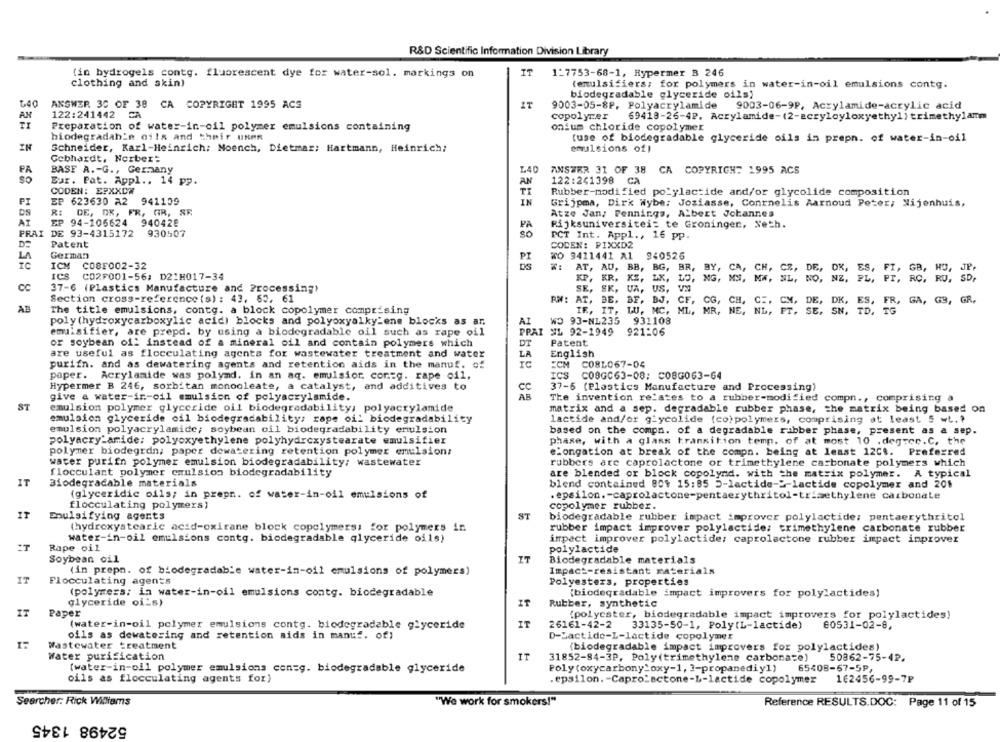
R&D Scientific Information Division Library
(in bydrogels contg. fluorescent dye for water-sol. markings on
IT
1-7753-68-1, Hypermer B 246
clothing and skin)
(emulsifiers; for polymers in water-in-oil emulsions contg.
biodegradable glyceride oils;
1.40
ANSWER 30 OF 38 CA COPYRIGHT 1995 ACS
IT
9003-05-8P, Polyacrylamide
9003-06-9P, Acrylamide-acrylic acid
AN
122:241442 CA
copolymer
69418-26-4P. Acrylamide-(2-acryloyloxyethyl) trimethylamm
Preparation of water-in-oil polymer emulsions containing
onium chloride copolymer
biodegradah'e oils and their Unen
(use of biodegradable glyceride oils in prepn. of water-in-oil
IN
Schneider, Karl-Heinrich; Moench, Dietmar; Hartmann, Heinrich;
emulsions of)
Gebhardt, Norbert
PA
BASF A .- G ., Germany
L40
ANSWER 31 OF 38 CA COPYRIGHT 1995 ACS
so
Eur. Pat. Appl .. 14 pp.
AN
122:241398 CA
CODEN: EPXXCW
TI
Rubber-modified po_ylactide and/or glycolide composition
PI
EP 623630 A2
941109
IN
Grijpma, Dirk Wybe: Joziasse, Conrnelis Aarnoud Peter; Nijenhuis,
DS
R:
DE, DK, FR, GR, SE
Atze Jan, Pennings, Albert Johannes
AT
EP 94-105624
940428
PA
Rijksuniversiteit te Groninger, Neth.
PRAI DE 93-4315172 930507
So
PCT Int. Appl ., 16 pp.
Patent
COCEN: PIXXD2
LA
German
TO 9411441 A1
940526
IC
ICM C08F002-32
AT, AU, BB,
ICS
BG, BR, BY, CA, CH, CZ, DE, DK, ES, FI, GB, HO, JP.
CA, CH,
GB, HO, JP.
C02F001-56; D21H017-34
KP, KR. KS,
DJ, NG, MS, MA, NL, NO, NZ. PL, PT, RC, RU, SD,
CC
37-6 (Plastics Manufacture and Processing)
SE, SK, UA,
US.
Section cross-reference (s) : 43, 63. 61
RM: AT, BE.
BF, BJ.
CF.
ES. ER, GA, GB, GR,
AB
The title emulsions, contg. a block copolymer comprising
IF, IT.
LU, MC.
MR. NE, NL, FT. SE, SN. TD,
AI
WO 93-NL235
931108
poly (hydroxycarboxylic acid) blocks and polyoxyalky_ene blocks as ar,
emulsifier, are prepd. by using a biodegradable oil such as rape oil
PRAI
SL 92-1949
921:06
DT
Patent
or soybean of: instead of a mineral oil and contain polymers which
are useful as flocculating agents for wastewater treatment and water
LA
English
purifn. and as dewatering agents and retention aids in the manuf. of
ECM C081067-04
paper. Acrylamide was polymd. in an aq. emulsior. con=g. rape oil,
ICS C08GC63-08: C08G063-64
Hypermer B 246, sorbitan monocleate, a catalyst, and additives to
37-6 (Plastics Manufacture and Processing)
give a water-in-oil emulsion of polyacrylamide.
The invention relates to a rubber-modified compn ., comprising a
ST
emulsion polymer glyceride oil biodegradability; polyacrylamide
matrix and a sep. degradable rubber phase, the matrix being based on
emulsion glyceride oil biodegradability; rope oil biodegradability
lactide and/or giycolide (co)polymers, comprising at least 5 wt .?
emulsion polyacrylamide; soybean oil biodegradability emulsion
based on the compa. of a degradable rubber phase, present as a sep.
polyacry-aride: polyoxyethylene polyhydroxystearate emulsifier
phase, with a glass transition temp. of at most 10 . degree.C. the
polymer biodegrdn; paper dewatering retention polymer emulsion;
'ongation at break of the compn. being at least 12Ct. Preferred
water purifn polymer emulsion biodegradability; wastewater
rubbers are caprolactone or trimethylene carbonate polymers which
flocculant polymer emulsion biodegradability
are blended or block copolynd. with the matrix polymer. A typical
IT
Biodegradable materials
blend contained 809 15:85 5-lactide->-lactide copolymer and 201
(glyceridic oils; in prepn. of water-in-oil emulsions of
. epsilon. - caprolactone-pentaerythritol-trimethylene carbonate
flocculating polymers)
copolymer rubber.
Emulsifying agents
ST
biodegradable rubber impact improver polylactide: pentaerythritol
(hydroxystearic acid-oxirane block copolymers, for polymers in
rubber impact improver polylactide: trimethylene carbonate rubber
water-in-oil emulsions contg. biodegradable qlyceride oils)
impact improver polylactide; caprolactone rubber impact inprover
Rape oil
polylactide
Soybean oil
IT
Biodegradable materials
(in prepn. of biodegradable water-in-oil emulsions of polymers)
Impact-resistant materials
Flocculating agents
Polyesters. properties
(polymers; in water-in-oil emulsions contg. biodegradable
[biodegradable impact improvers for polylactides)
IT
glyceride oi_s)
Rubber, synthetic
IT
Paper
(polyester, biodegradable impact improvers for polylactides)
IT
(water-in-oil polymer emulsions contg. biodegradable glyceride
26161-42-2 33135-50-1, Poly(L-lactide)
60531-02-8,
oils as dewatering and retention aids in manuf. of)
D-Lactide-L-lactide copolymer
Wastewater treatment
(biodegradable impact improvers for polylactides)
Water purification
IT
31852-84-3P, Poly(trimethylene carbonate)
50862-75-42.
Poly (oxycarbony_oxy-1, 3-propanediy1)
65408-67-5P,
(water-in-oil polymer emulsions con=g. biodegradable glyceride
cils as flocculating agents for)
.epsilon. - Capro_actone-L-lactide copolymer
162456-99-7₽
Searcher: Rick Williams
"We work for smokers!"
Reference RESULTS.DOC: Page 11 of 15
52498 1345